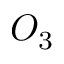
O _ { 3 }